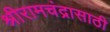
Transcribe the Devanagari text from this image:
श्रीरामचंद्रासाठी